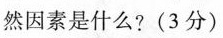
然因素是什么?(3分)